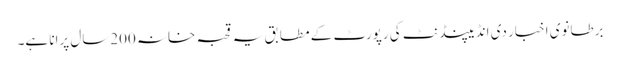
برطانوی اخبار دی انڈیپنڈنٹ کی رپورٹ کے مطابق یہ قحبہ خانہ 200سال پرانا ہے۔